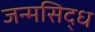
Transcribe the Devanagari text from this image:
जन्‍मसिद्ध